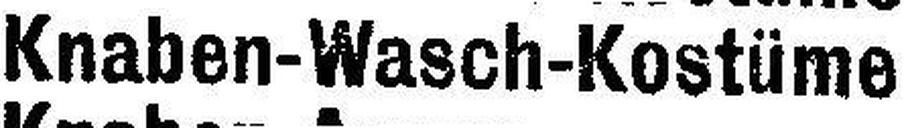
Knaben-Wasch-Kostüme